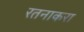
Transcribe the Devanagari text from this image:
रतनाकरा